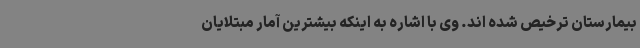
بیمارستان ترخیص شده اند. وی با اشاره به اینکه بیشترین آمار مبتلایان